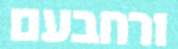
ורחבעם